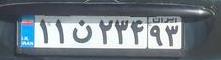
۱۱ن۲۳۴۹۳